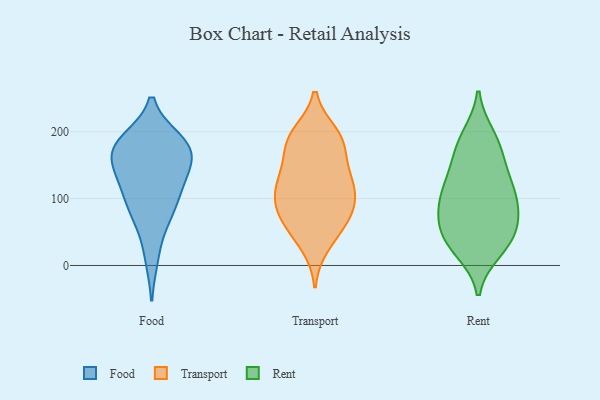
{"axis": {"x": "Page Views", "y": "Value"}, "legend": ["Food", "Rent", "Transport"], "data": [{"x": "", "y": 136, "type": "Food"}, {"x": "", "y": 75, "type": "Food"}, {"x": "", "y": 94, "type": "Food"}, {"x": "", "y": 172, "type": "Food"}, {"x": "", "y": 147, "type": "Food"}, {"x": "", "y": 168, "type": "Food"}, {"x": "", "y": 13, "type": "Food"}, {"x": "", "y": 123, "type": "Food"}, {"x": "", "y": 115, "type": "Food"}, {"x": "", "y": 183, "type": "Food"}, {"x": "", "y": 176, "type": "Food"}, {"x": "", "y": 177, "type": "Food"}, {"x": "", "y": 186, "type": "Food"}, {"x": "", "y": 72, "type": "Food"}, {"x": "", "y": 78, "type": "Transport"}, {"x": "", "y": 146, "type": "Transport"}, {"x": "", "y": 30, "type": "Transport"}, {"x": "", "y": 47, "type": "Transport"}, {"x": "", "y": 179, "type": "Transport"}, {"x": "", "y": 191, "type": "Transport"}, {"x": "", "y": 197, "type": "Transport"}, {"x": "", "y": 134, "type": "Transport"}, {"x": "", "y": 92, "type": "Transport"}, {"x": "", "y": 72, "type": "Transport"}, {"x": "", "y": 123, "type": "Transport"}, {"x": "", "y": 121, "type": "Transport"}, {"x": "", "y": 86, "type": "Transport"}, {"x": "", "y": 105, "type": "Transport"}, {"x": "", "y": 179, "type": "Transport"}, {"x": "", "y": 119, "type": "Transport"}, {"x": "", "y": 192, "type": "Transport"}, {"x": "", "y": 63, "type": "Transport"}, {"x": "", "y": 167, "type": "Rent"}, {"x": "", "y": 47, "type": "Rent"}, {"x": "", "y": 194, "type": "Rent"}, {"x": "", "y": 102, "type": "Rent"}, {"x": "", "y": 30, "type": "Rent"}, {"x": "", "y": 65, "type": "Rent"}, {"x": "", "y": 27, "type": "Rent"}, {"x": "", "y": 95, "type": "Rent"}, {"x": "", "y": 164, "type": "Rent"}, {"x": "", "y": 105, "type": "Rent"}, {"x": "", "y": 191, "type": "Rent"}, {"x": "", "y": 63, "type": "Rent"}, {"x": "", "y": 22, "type": "Rent"}, {"x": "", "y": 80, "type": "Rent"}, {"x": "", "y": 127, "type": "Rent"}, {"x": "", "y": 137, "type": "Rent"}, {"x": "", "y": 51, "type": "Rent"}, {"x": "", "y": 110, "type": "Rent"}]}